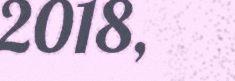
2018,